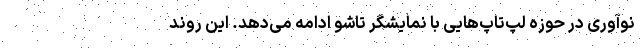
نوآوری در حوزه لپ‌تاپ‌هایی با نمایشگر تاشو ادامه می‌دهد. این روند